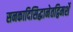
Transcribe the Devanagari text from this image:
सनकादिसिद्धानेतद्विमर्शे